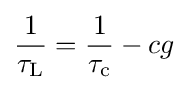
{\frac {1}{\tau _{\rm {L}}}}={\frac {1}{\tau _{\rm {c}}}}-cg